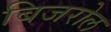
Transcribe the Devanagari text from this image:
बिजरोल